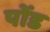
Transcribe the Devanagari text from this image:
पोंड